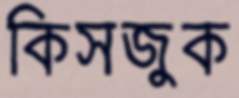
কিসজুক